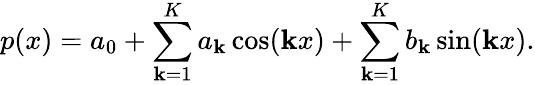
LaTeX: p(x)=a_{0}+\sum_{\mathbf{k}=1}^{K}a_{\mathbf{k}}\cos(\mathbf{k}x)+\sum_{\mathbf{k}=1}^{K}b_{\mathbf{k}}\sin(\mathbf{k}x).